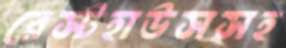
রেস্টহাউসসহ